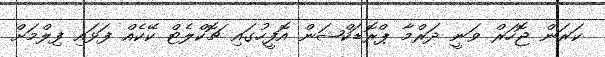
ކަރަން ޖޮހަރް ވަނީ ދަރްމާ ޕްރޮޑަކްޝަން އޮފީހުގައި ޗޮކްލެޓް ކޭކެއް ފަޅައި ފިލްމަށް